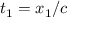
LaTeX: t _ { 1 } = x _ { 1 } / c